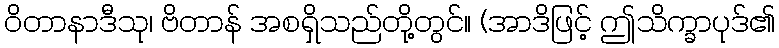
ဝိတာနာဒီသု၊ ဗိတာန် အစရှိသည်တို့တွင်။ (အာဒိဖြင့် ဤသိက္ခာပုဒ်၏